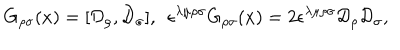
LaTeX: G _ { \rho \sigma } ( x ) = [ { \cal D } _ { \rho } , { \cal D } _ { \sigma } ] , \ \ \epsilon ^ { \lambda \mu \rho \sigma } G _ { \rho \sigma } ( x ) = 2 \epsilon ^ { \lambda \mu \rho \sigma } { \cal D } _ { \rho } { \cal D } _ { \sigma } ,